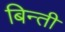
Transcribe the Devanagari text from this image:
बिन्ती